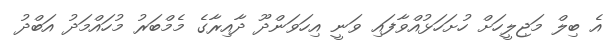
އެ ބިލް މަޖިލީހަށް ހުށަހަޅުއްވާފައި ވަނީ އިހަވަންދޫ ދާއިރާގެ މެމްބަރު މުހައްމަދު އަބްދު